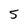
Character: 5